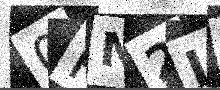
Text: 0PN2LU